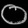
Digit: ၀